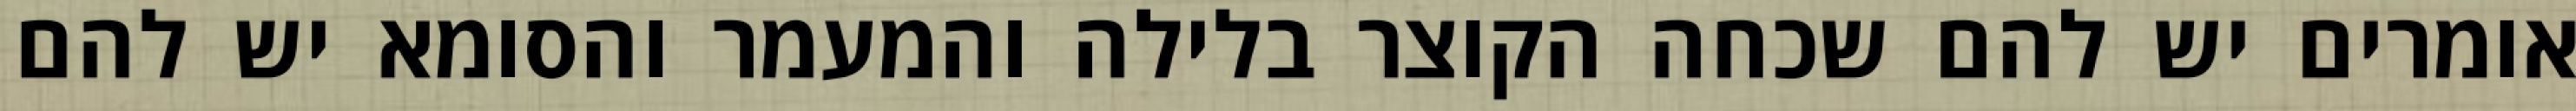
אומרים יש להם שכחה הקוצר בלילה והמעמר והסומא יש להם